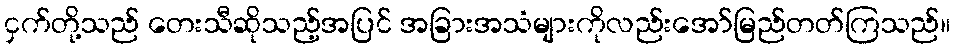
ငှက်တို့သည် တေးသီဆိုသည့်အပြင် အခြားအသံများကိုလည်းအော်မြည်တတ်ကြသည်။